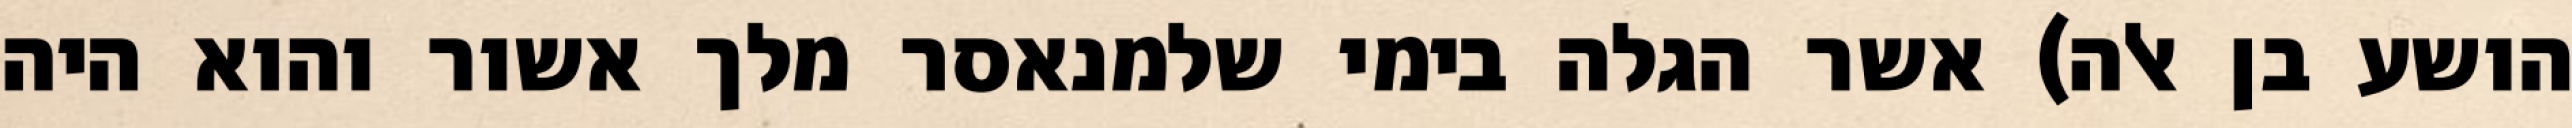
הושע בן אלה) אשר הגלה בימי שלמנאסר מלך אשור והוא היה